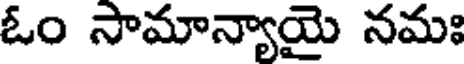
ఓం సామాన్యాయై నమః